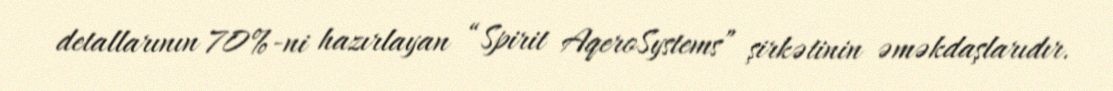
detallarının 70%-ni hazırlayan “Spirit AqeroSystems” şirkətinin əməkdaşlarıdır.